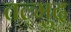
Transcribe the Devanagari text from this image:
तल्मुद